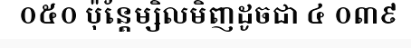
០៥០ ប៉ុន្តែម្សិលមិញដូចជា ៤ ០៣៩